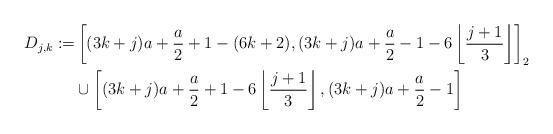
LaTeX: \begin{align*}D_{j,k} := & \left[(3 k + j) a + \frac{a}{2} + 1 - (6k+2),(3 k + j) a + \frac{a}{2} - 1 - 6 \left\lfloor \frac{j+1}{3} \right\rfloor \right]_2 \\& \cup \left[(3k+j) a + \frac{a}{2} + 1 - 6 \left\lfloor \frac{j+1}{3} \right\rfloor, (3 k + j) a + \frac{a}{2} - 1 \right]\end{align*}